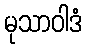
မုသာဝါဒံ